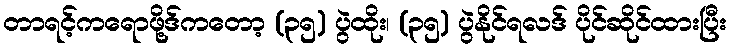
တာရင့်ကရောဖို့ဒ်ကတော့ (၃၅) ပွဲထိုး၊ (၃၅) ပွဲနိုင်ရလဒ် ပိုင်ဆိုင်ထားပြီး